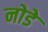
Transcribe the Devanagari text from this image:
नोडे